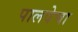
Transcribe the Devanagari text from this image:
पालवेचा